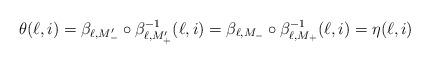
LaTeX: \begin{align*}\theta(\ell,i)=\beta_{\ell,M_-'}\circ \beta_{\ell,M_+'}^{-1}(\ell,i)=\beta_{\ell,M_-}\circ \beta_{\ell,M_+}^{-1}(\ell,i)=\eta(\ell,i) \end{align*}